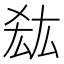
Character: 𭆠